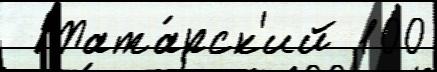
  Тата́рск'ий 100